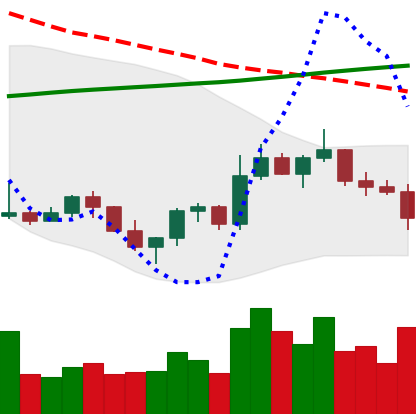
Ticker: ETC-USD
Chart end date: 2022-11-02
Forward return: 9.237%
Label: up_7plus